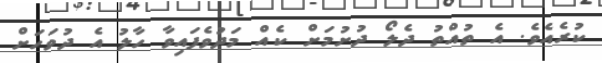
ކުރެއެވެ. އެ ތުއްތު ދެލޯ ދުށުމަށް ކެއް މަދުވެފައިވާ ހާލު އެ ދުވަހަށް